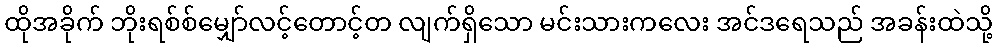
ထိုအခိုက် ဘိုးရစ်စ်မျှော်လင့်တောင့်တ လျက်ရှိသော မင်းသားကလေး အင်ဒရေသည် အခန်းထဲသို့